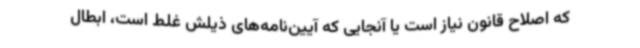
که اصلاح قانون نیاز است یا آنجایی که آیین‌نامه‌های ذیلش غلط است، ابطال